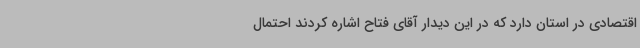
اقتصادی در استان دارد که در این دیدار آقای فتاح اشاره کردند احتمال